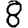
Digit: 8